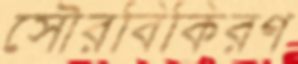
সৌরবিকিরণ